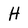
Character: H